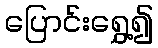
ပြောင်းရွှေ့၍